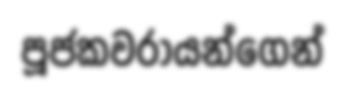
පූජකවරායන්ගෙන්